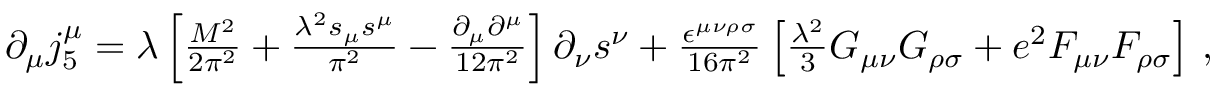
\begin{array} { r } { \partial _ { \mu } j _ { 5 } ^ { \mu } = \lambda \left[ \frac { M ^ { 2 } } { 2 \pi ^ { 2 } } + \frac { \lambda ^ { 2 } s _ { \mu } s ^ { \mu } } { \pi ^ { 2 } } - \frac { \partial _ { \mu } \partial ^ { \mu } } { 1 2 \pi ^ { 2 } } \right] \partial _ { \nu } s ^ { \nu } + \frac { \epsilon ^ { \mu \nu \rho \sigma } } { 1 6 \pi ^ { 2 } } \left[ \frac { \lambda ^ { 2 } } { 3 } G _ { \mu \nu } G _ { \rho \sigma } + e ^ { 2 } F _ { \mu \nu } F _ { \rho \sigma } \right] \, , } \end{array}